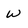
Character: W